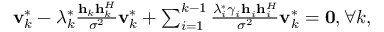
\begin{array} { r } { { \bf { v } } _ { k } ^ { * } - \lambda _ { k } ^ { * } \frac { { { { \bf { h } } _ { k } } { \bf { h } } _ { k } ^ { H } } } { { { \sigma ^ { 2 } } } } { \bf { v } } _ { k } ^ { * } + \sum _ { i = 1 } ^ { k - 1 } { \frac { { \lambda _ { i } ^ { * } { \gamma _ { i } } { { \bf { h } } _ { i } } { \bf { h } } _ { i } ^ { H } } } { { { \sigma ^ { 2 } } } } } { \bf { v } } _ { k } ^ { * } = { \bf { 0 } } , \forall k , } \end{array}